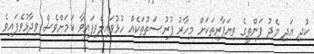
ކުދި އަދި މެދު ފަންތީގެ ވިޔަފާރިތަކަށް މިހާރު ފުރުސަތުތަކެއް ހުޅުވައިލެވިފައިވާ ކަމަށްވެސް ވިދާޅުވެފައިވެ